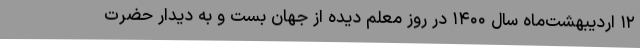
۱۲ اردیبهشت‌ماه سال ۱۴۰۰ در روز معلم دیده از جهان بست و به دیدار حضرت